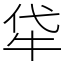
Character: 牮